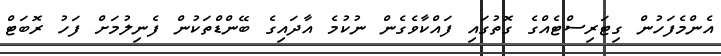
އެންމެފަހުން ގިޓަރިސްޓެއްގެ ގޮތުގައި ފައްކާވެގެން ނުކުމެ އާދައިގެ ބޭންޑްތަކުން ފެނިލުމަށް ފަހު ރޮބަޓް